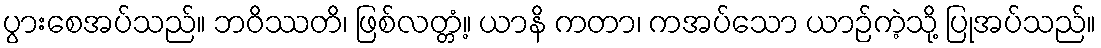
ပွားစေအပ်သည်။ ဘဝိဿတိ၊ ဖြစ်လတ္တံ့။ ယာနိ ကတာ၊ ကအပ်သော ယာဉ်ကဲ့သို့ ပြုအပ်သည်။